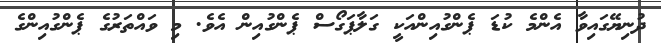
ދުނިޔޭގައިވާ އެންމެ ކުޑަ ޕެންގުއިންއަކީ ގަލާޕަގޯސް ޕެންގުއިން އެވެ. މި ވައްތަރުގެ ޕެންގުއިންގެ